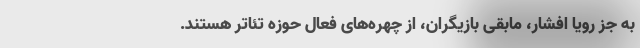
به جز رویا افشار، مابقی بازیگران، از چهره‌های فعال حوزه تئاتر هستند.